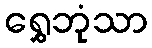
ရွှေဘုံသာ